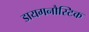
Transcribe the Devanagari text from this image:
डायगनौस्टिक